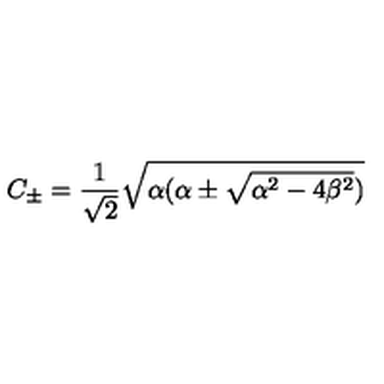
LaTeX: C _ { \pm } = \frac { 1 } { \sqrt { 2 } } \sqrt { \alpha ( \alpha \pm \sqrt { \alpha ^ { 2 } - 4 \beta ^ { 2 } } ) }